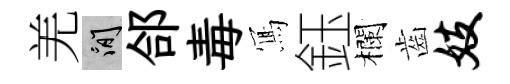
羌閑郃毒𭂁鈺欄齒妓